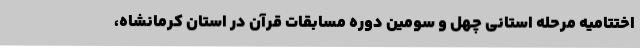
اختتامیه مرحله استانی چهل و سومین دوره مسابقات قرآن در استان کرمانشاه،